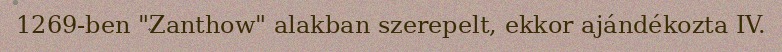
1269-ben "Zanthow" alakban szerepelt, ekkor ajándékozta IV.